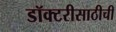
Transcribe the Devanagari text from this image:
डॉक्टरीसाठीची